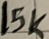
Text: 15K